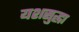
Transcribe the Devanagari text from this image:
यशसुद्धा